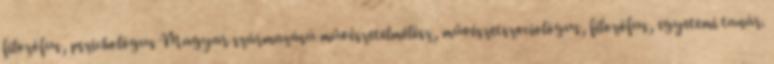
filozófus, pszichológus Magyar származású művészetelmélész, művészetszociológus, filozófus, egyetemi tanár.